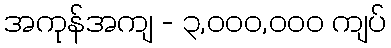
အကုန်အကျ - ၃,၀၀၀,၀၀၀ ကျပ်